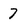
Character: 7